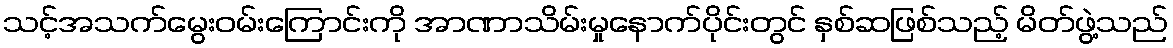
သင့်အသက်မွေးဝမ်းကြောင်းကို အာဏာသိမ်းမှုနောက်ပိုင်းတွင် နှစ်ဆဖြစ်သည့် မိတ်ဖွဲ့သည်